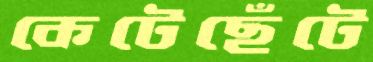
কেটেছেঁটে